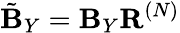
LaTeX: \tilde{\mathbf{B}}_{Y}=\mathbf{B}_{Y}\mathbf{R}^{(N)}